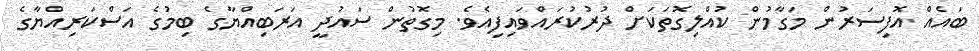
ބައެއް އޮފިސަރުން މަގާމުން ކުއްލިގޮތަކަށް ދުރުކުރައްވައިފިއެވެ. މިގޮތުން ސައުދީ އަރަބިއްޔާގެ ބިމުގެ އަސްކަރިއްޔާގެ